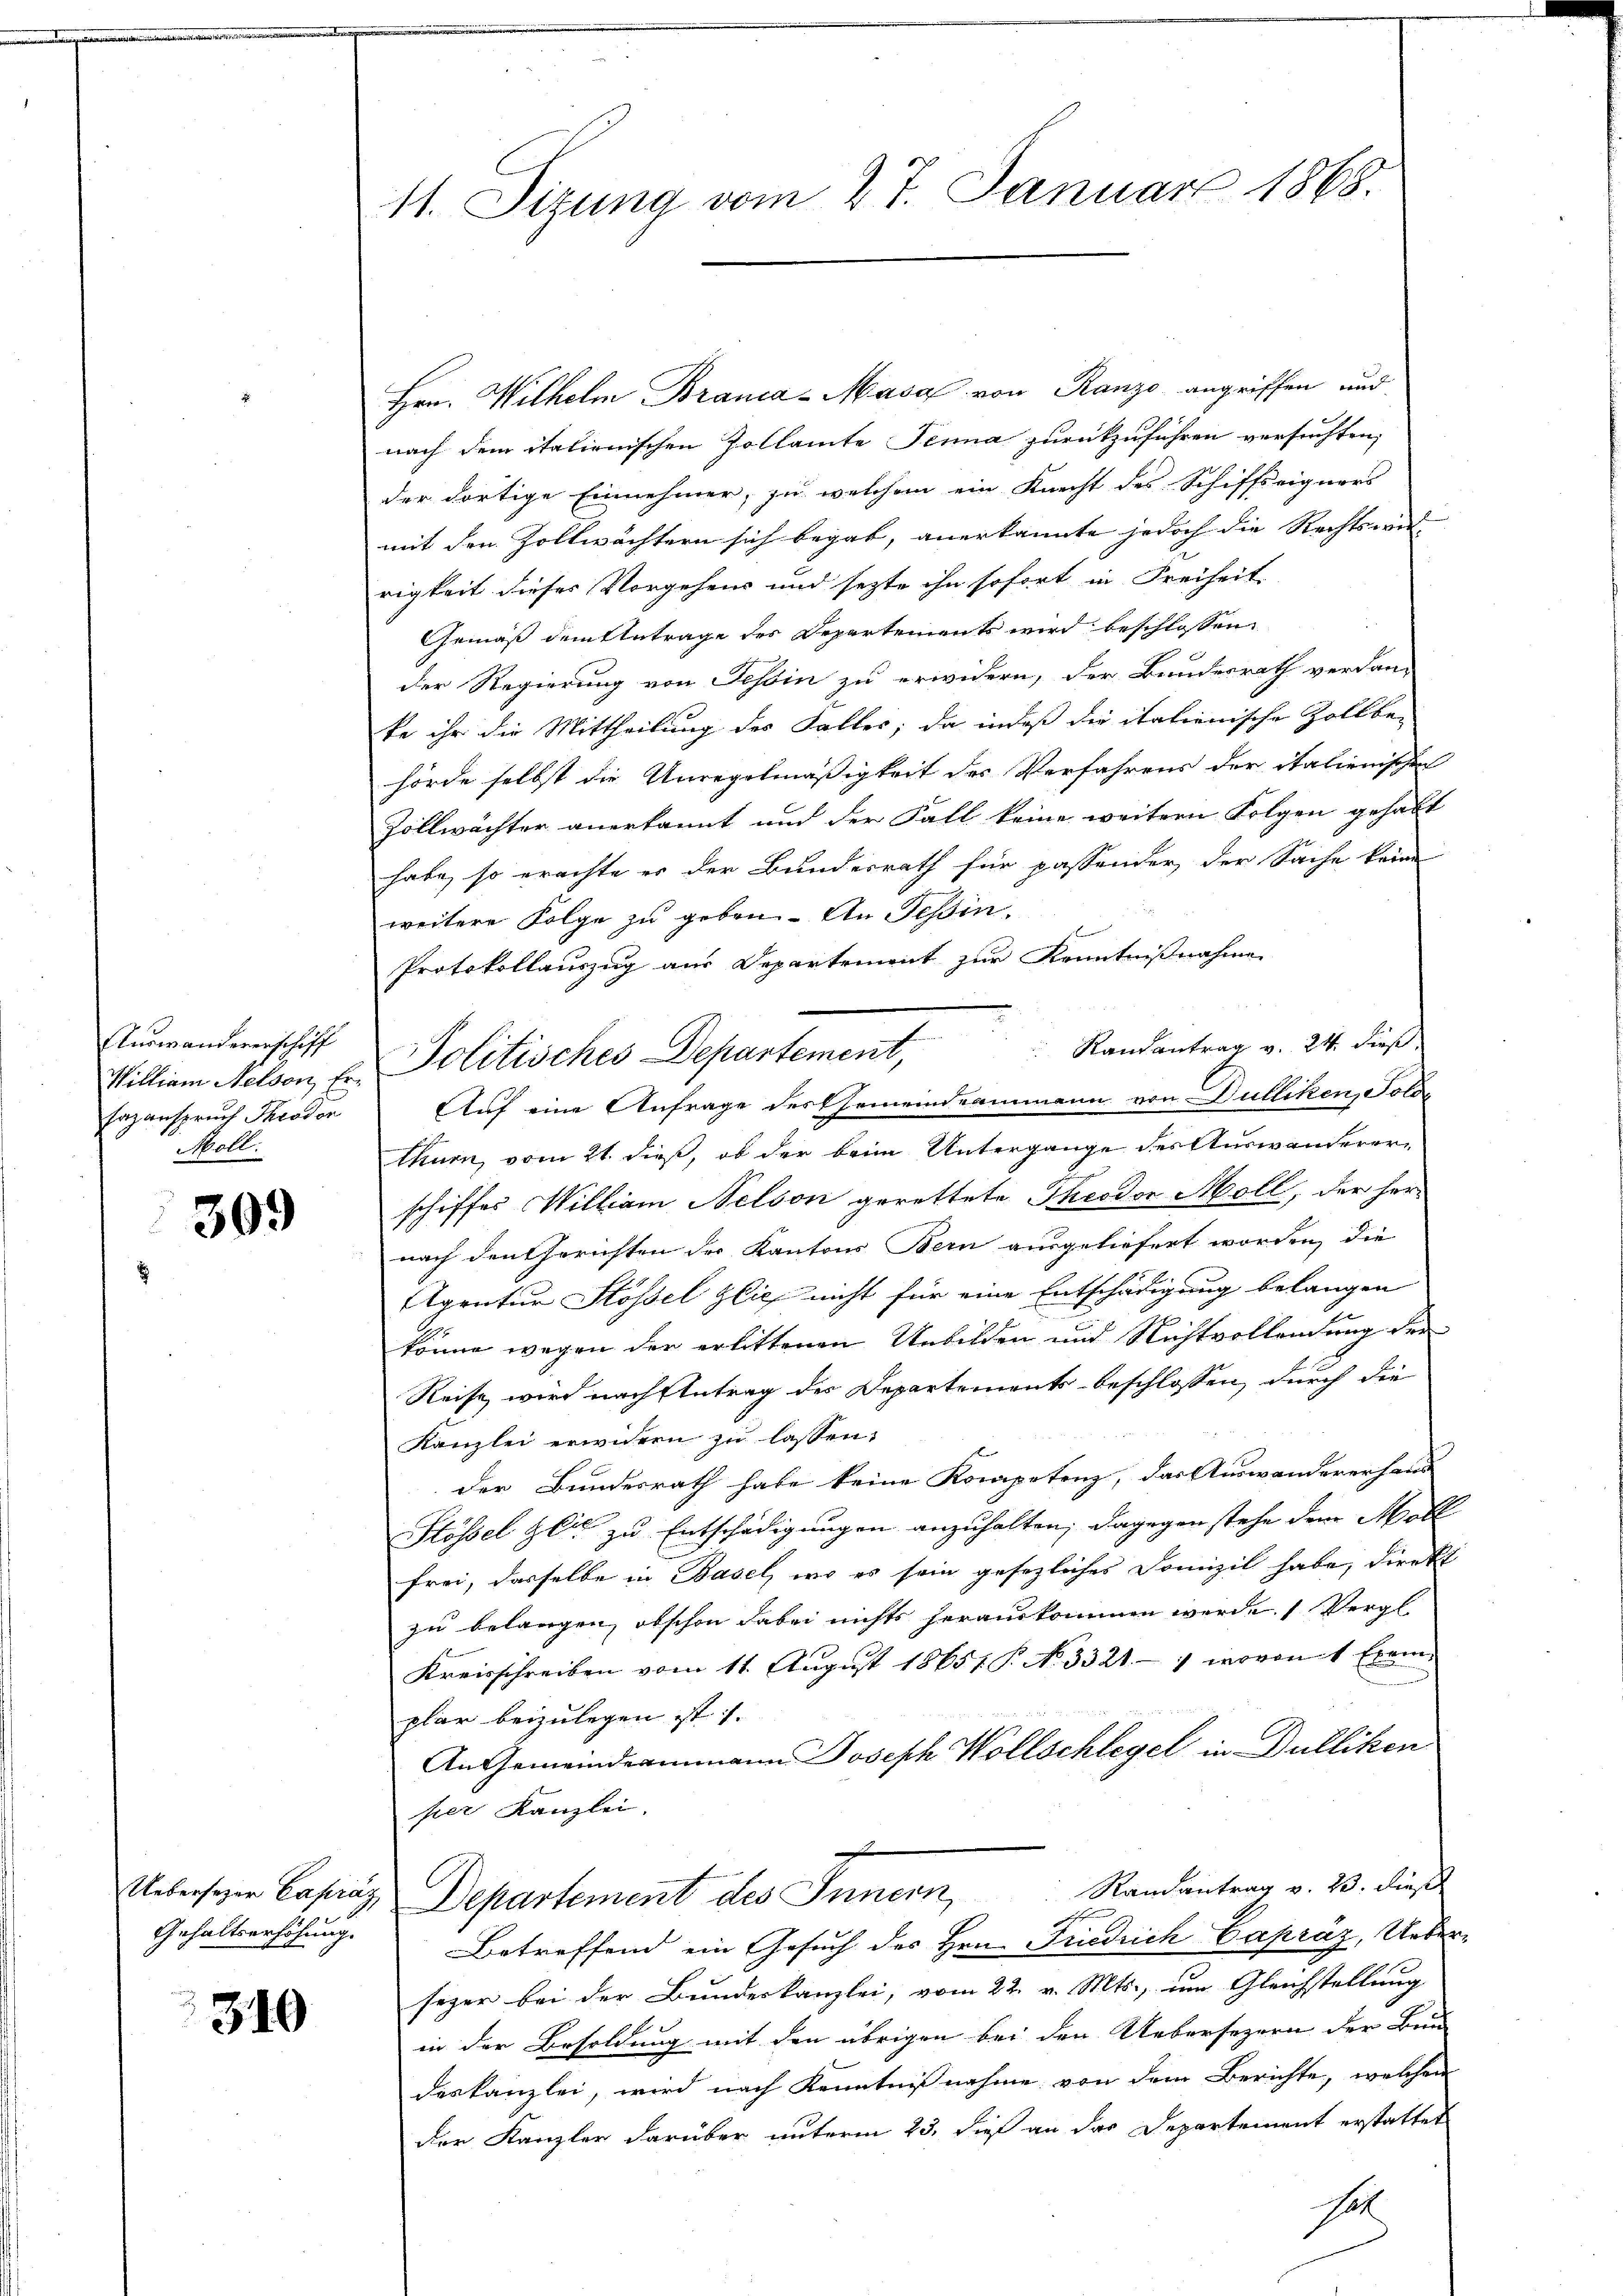
Auswandererschiff
William Nelson, Er¬
Hazanspruch Theodor
Moll.

309

Gehaltserhöhung.

310

11. Sizung vom 27. Januar 1868.

Hrn. Wilhelm Branda - Masa von Ranzo angriffen und
nach dem italienischen Zollamte Jenna zurückzuführen versuchten,
der dortige Einnehmer, zu welchem ein Knecht des Schiffseigners
mit den Zollwächtern sich begab, anerkannte jedoch die Rechtswir- |
rigkeit dieses Vorgehens und sezte ihn sofort in Freiheit
Gemäß dem Antrage des Departements wird beschlossen,
der Regierung von Tessin zu erwidern, der Bundesrath verdan-
ke ihr die Mittheilung des Falles; da indeß die italienische Zollbe-
hörde selbst die Unregelmäßigkeit des Verfahrens der italienischen
Zollwächter anerkannt und der Fall keine weitern Folgen gehabt
habe, so erachte er der Bundesrath für passender, der Sache keine
weitere Folge zu geben. An Teßin.
Protokollauszug aus Departement zur Kenntnißnahme
Randantrag v. 24. dieß,
Politisches Departement,
Auf eine Anfrage der Gemeindeammann von Dulliken, Sold
thurn, vom 21. dieß, ob der beim Untergange des Auswandererschiffes William Nelson gerettete Theodor Moll, der her-
nach den Gerichten der Kantons Bern ausgeliefert worden, die
Agentur Stössel Heil nicht für eine Entschädigung belangen
könne wegen der erlittenen Unbilden und Nichtvollendung der
Reise wird nach Eintrag des Departements beschlossen, durch die
Kanzlei erwidern zu lassen:
der Bundesrath habe keine Kompetenz, das Auswandererhand-
Stössel Zeit zu Entschädigungen anzuhalten; dagegen stehe dem Moll
frei, dasselbe in Basel, wo es sein gesezliches Domizil habe, direkt
zu belangen, obschon dabei nichts herauskommen werde. (Vergl.
Kreisschreiben vom 11. August 18651. P. N. 3321.- / wovon 1 Exemplar beizulegen ist. |
An Gemeindeammann Joseph Wollschlegel in Dulliken
per Kanzlei.
Randantrag v. 23. dies
Uebersehen Capraz, Departement des Innern,
Betreffend ein Gesuch des Hrn. Friedrich Capraz, Ueberseyer bei der Bundeskanzlei, vom 22. v. Mts., um Gleichstellung
in der Besoldung mit den übrigen bei den Uebersezern der Bun-
deskanzlei, wird nach Kenntnißnahme von dem Berichte, welchen
der Kanzler darüber unterm 23. dieß an das Departement erstattet
hol